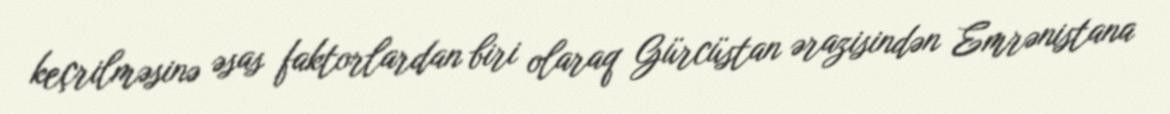
keçrilməsinə əsas faktorlardan biri olaraq Gürcüstan ərazisindən Emrənistana